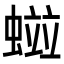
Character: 𧏑